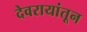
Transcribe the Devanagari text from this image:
देवरायांतून